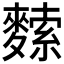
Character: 𪍟